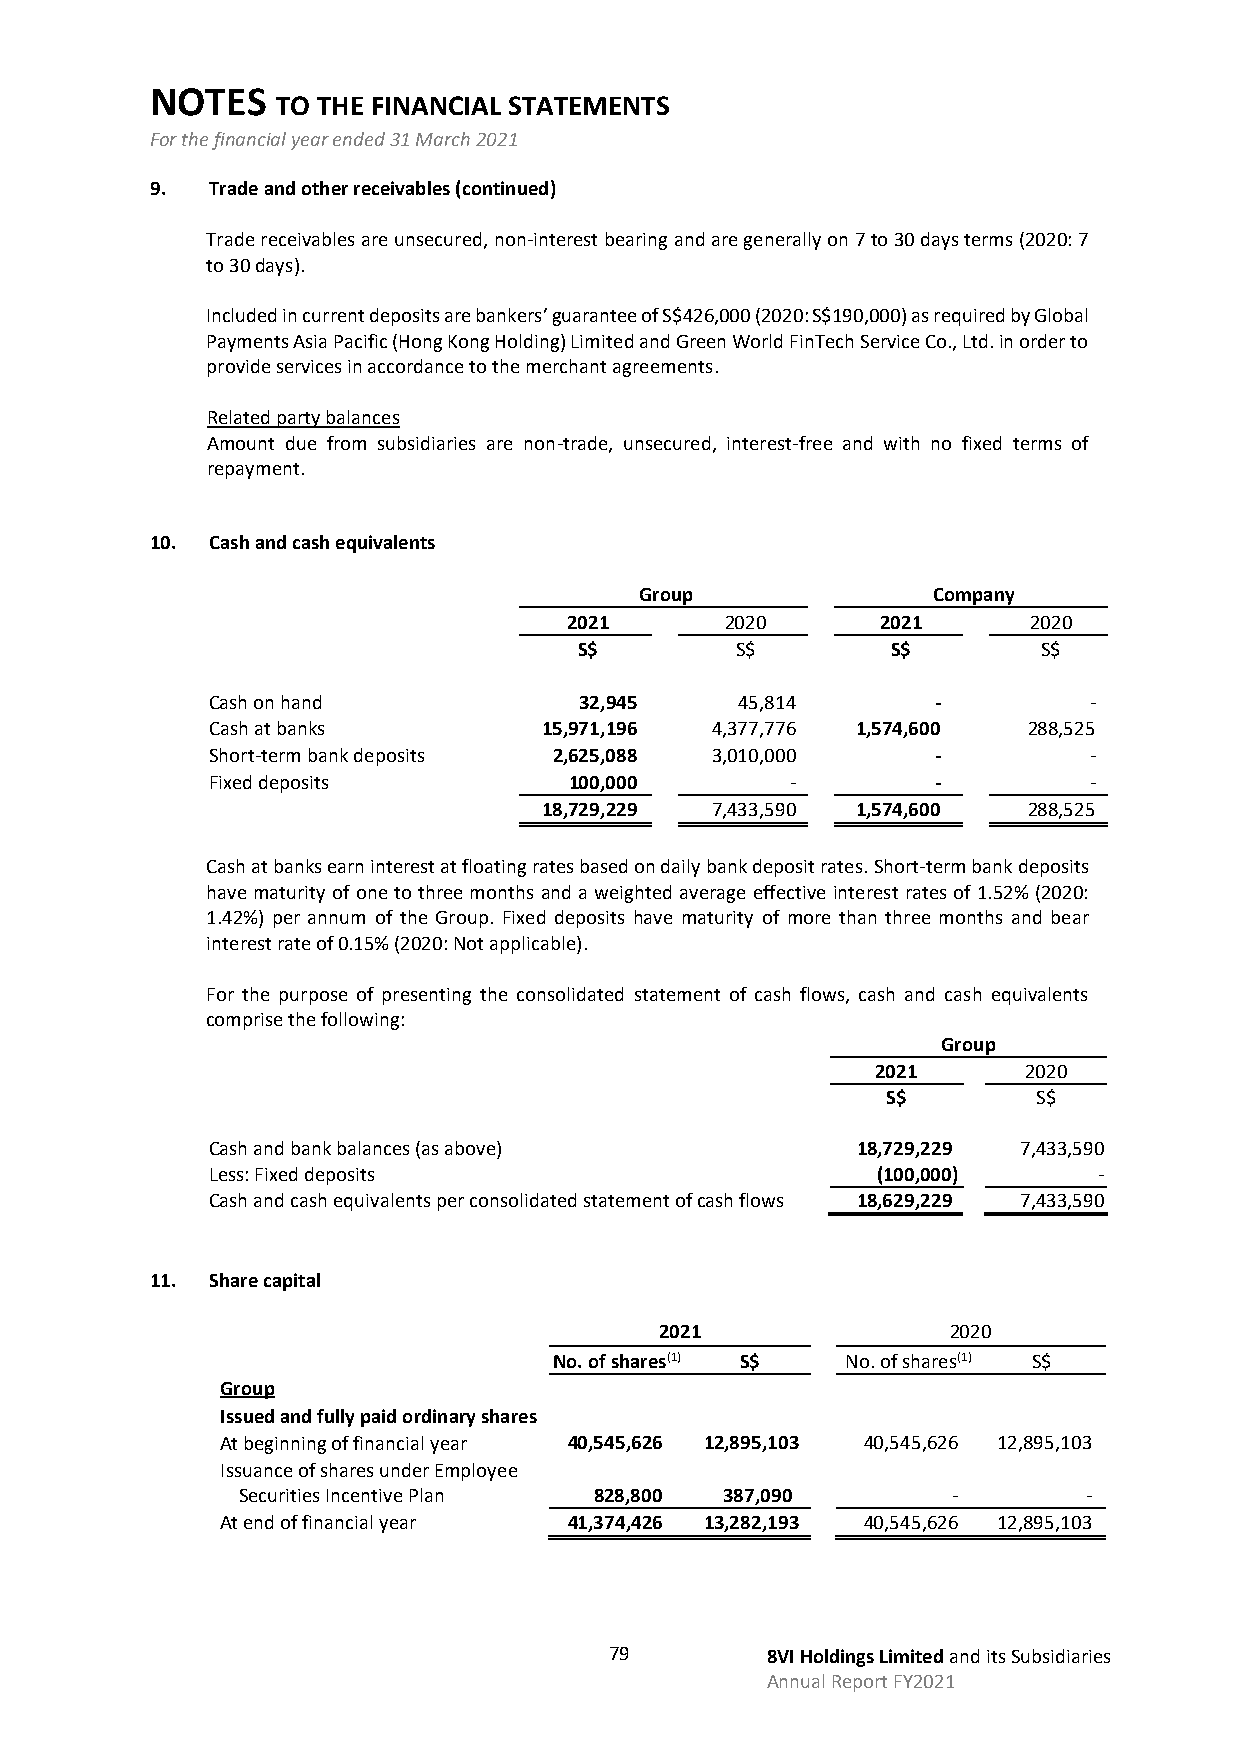
NOTES
 TO THE FINANCIAL STATEMENTS
 For the financial year ended 31 March 2021
 9.  Trade and other receivables (continued)
 Trade receivables are unsecured, non-interest bearing and are generally on 7 to 30 days terms (2020: 7
 to 30 days).
 Included in current deposits are bankers’ guarantee of S$426,000 (2020: S$190,000) as required by Global
 Payments Asia Pacific (Hong Kong Holding) Limited and Green World FinTech Service Co., Ltd. in order to
 provide services in accordance to the merchant agreements.
 Related party balances
 Amount due from subsidiaries are non-trade, unsecured, interest-free and with no fixed terms of
 repayment.
 10. Cash and cash equivalents
 Group               Company
 2021      2020      2021      2020
 S$         S$        S$        S$
 Cash on hand            32,945     45,814       -         -
 Cash at banks         15,971,196 4,377,776 1,574,600  288,525
 Short-term bank deposits 2,625,088 3,010,000    -         -
 Fixed deposits          100,000       -         -         -
 18,729,229 7,433,590 1,574,600  288,525
 Cash at banks earn interest at floating rates based on daily bank deposit rates. Short-term bank deposits
 have maturity of one to three months and a weighted average effective interest rates of 1.52% (2020:
 1.42%) per annum of the Group. Fixed deposits have maturity of more than three months and bear
 interest rate of 0.15% (2020: Not applicable).
 For the purpose of presenting the consolidated statement of cash flows, cash and cash equivalents
 comprise the following:
 Group
 2021      2020
 S$        S$
 Cash and bank balances (as above)          18,729,229 7,433,590
 Less: Fixed deposits                        (100,000)      -
 Cash and cash equivalents per consolidated statement of cash flows 18,629,229 7,433,590
 11. Share capital
 2021               2020
 No. of shares(1) S$ No. of shares(1) S$
 Group
 Issued and fully paid ordinary shares
 At beginning of financial year 40,545,626 12,895,103 40,545,626 12,895,103
 Issuance of shares under Employee
 Securities Incentive Plan 828,800 387,090      -        -
 At end of financial year 41,374,426 13,282,193 40,545,626 12,895,103
 79         8VI Holdings Limited and its Subsidiaries
 Annual Report FY2021